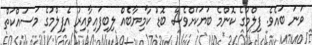
ވަނަ ބައެވެ. ފިލްމުގެ ކޮންމެ ބަަޔަކަށްވެސް ބޮޑު ކާމިޔާބެއް ލިބިފައިވާއިރު އެފިލްމުގެ މަސައްކަތް